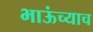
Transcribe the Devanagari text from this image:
भाऊंच्याच